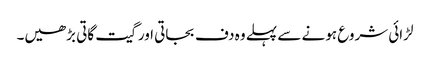
لڑائی شروع ہونے سے پہلے وہ دف بجاتی اور گیت گاتی بڑھیں۔